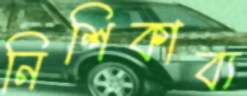
নিশিকাব্য